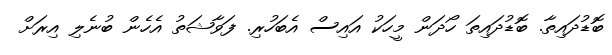
ބޮޑުދައިތާ. ބޮޑުދައިތަ ހޯދަން މީހަކު އައިސް އެބަހުރި. ފަވާޝަތު އެހެން ބުނެލި އިރަށް